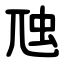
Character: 虺